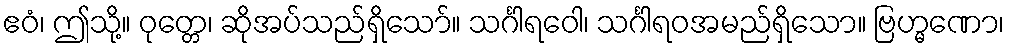
ဧဝံ၊ ဤသို့။ ဝုတ္တေ၊ ဆိုအပ်သည်ရှိသော်။ သင်္ဂါရဝေါ၊ သင်္ဂါရဝအမည်ရှိသော။ ဗြဟ္မဏော၊